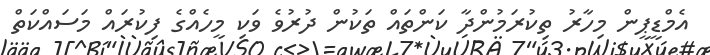
އެމްޑީޕީން މިހާރު ތިކުރަމުންދާ ކަންތައް ތަކުން ދުރުވެ ވަކި މީހެއްގެ ފިކުރައް މަސައްކަތް